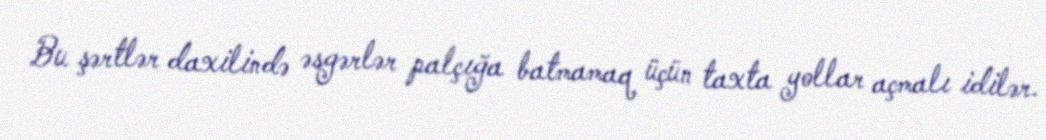
Bu şərtlər daxilində əsgərlər palçığa batmamaq üçün taxta yollar açmalı idilər.